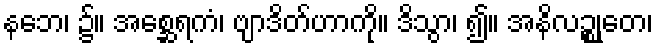
နဘေ၊ ၌။ အစ္ဆေရကံ၊ ဗျာဒိတ်ဟာကို။ ဒိသွာ၊ ၍။ အနိလဉ္စုတေ၊